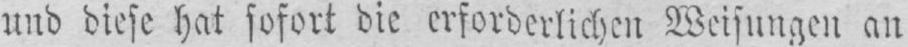
und diese hat sofort die erforderlichen Weisungen an